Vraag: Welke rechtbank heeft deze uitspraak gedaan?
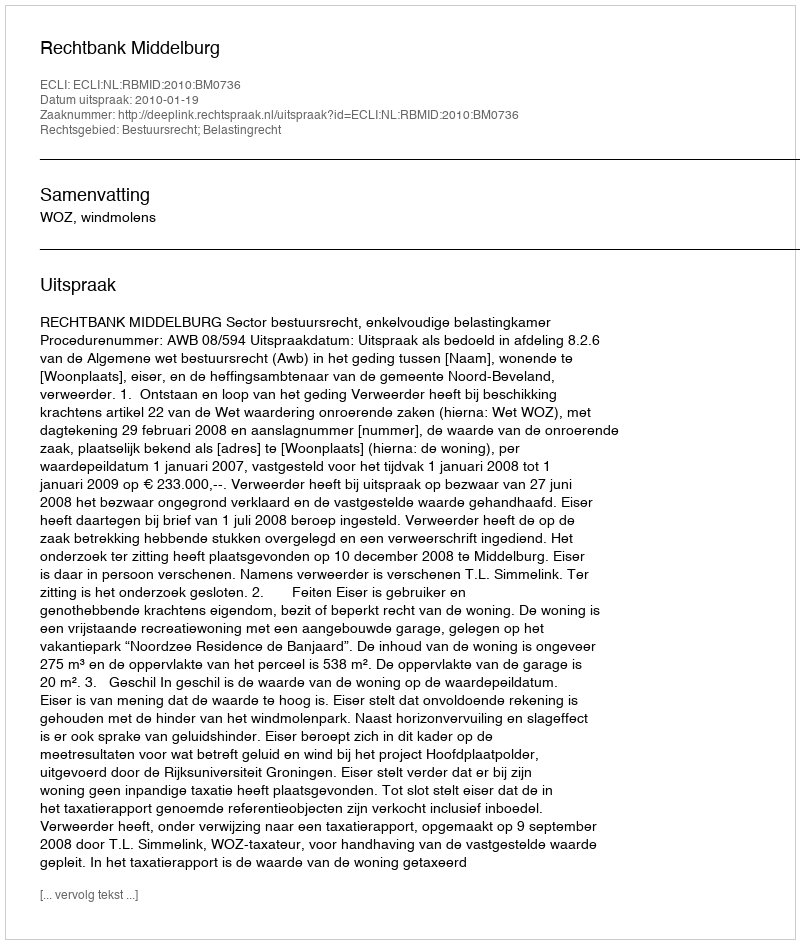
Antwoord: Rechtbank Middelburg